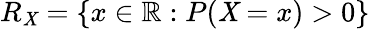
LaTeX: R_{\mathit{X}}=\{ x\in\mathbb{{R}}:P(\mathit{X}=x)>0\}